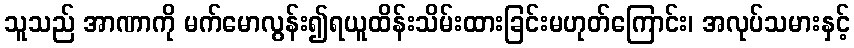
သူသည် အာဏာကို မက်မောလွန်း၍ရယူထိန်းသိမ်းထားခြင်းမဟုတ်ကြောင်း၊ အလုပ်သမားနှင့်